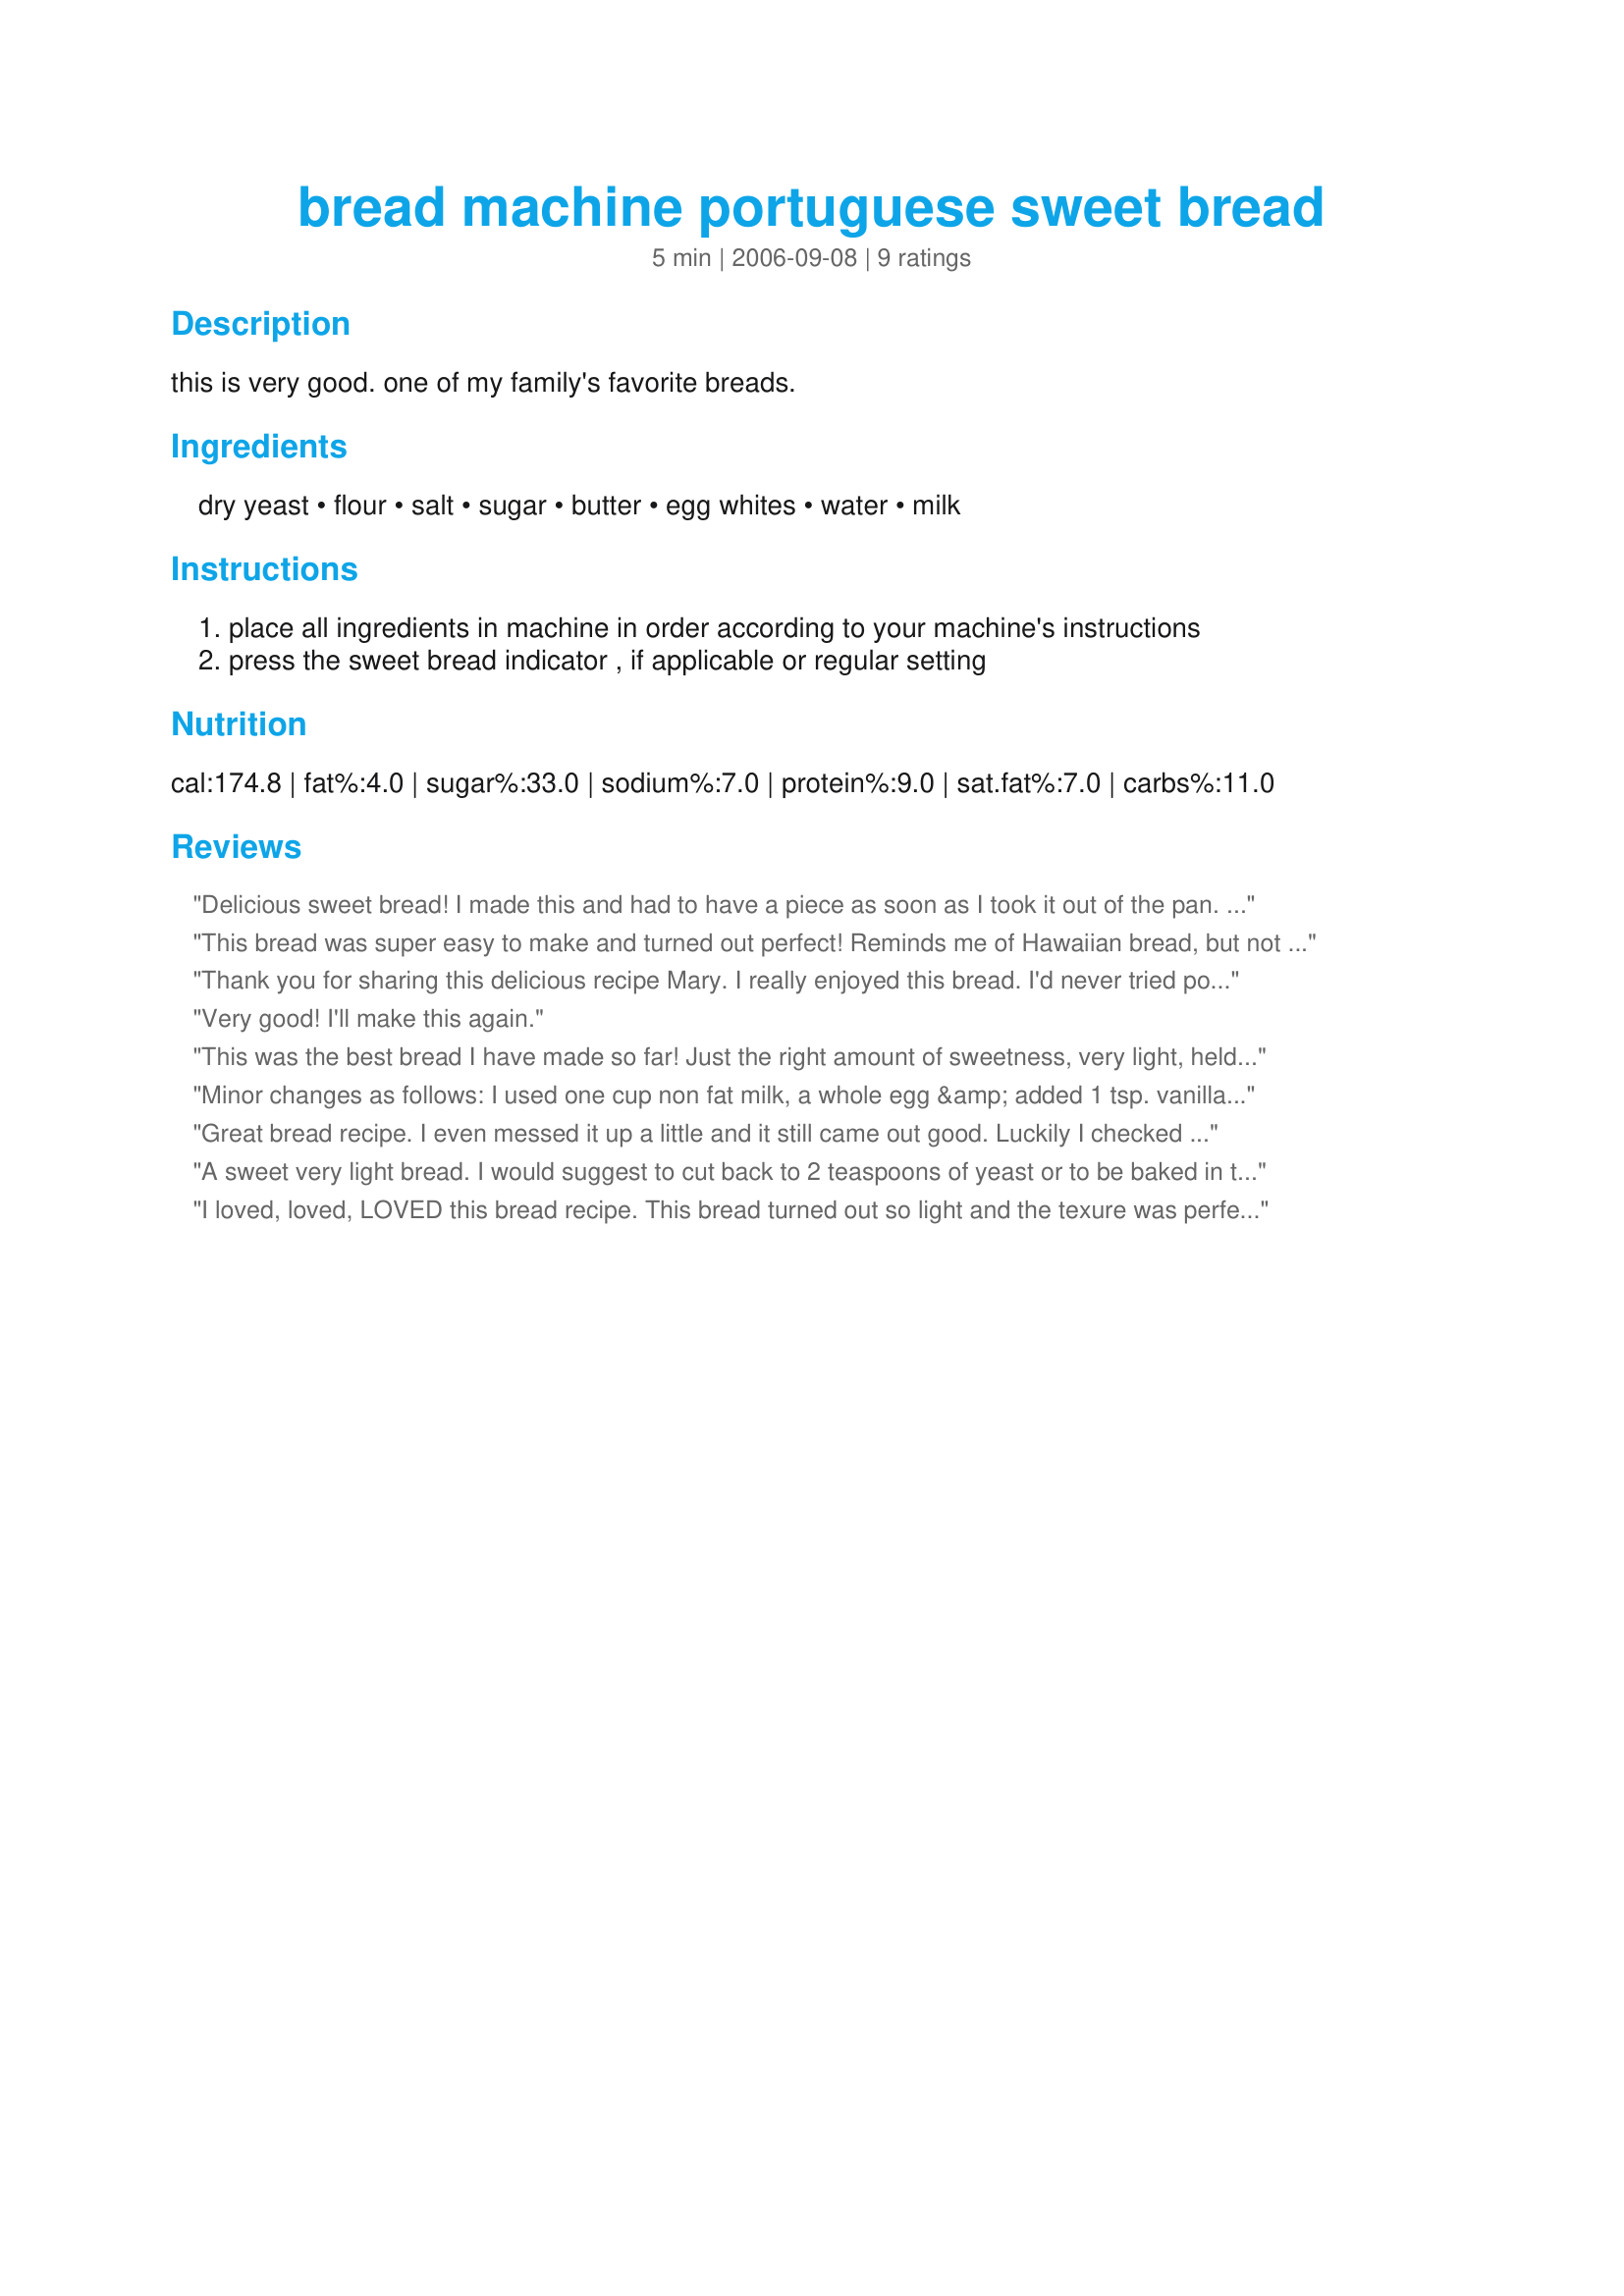
bread machine portuguese sweet bread
Preparation time: 5 minutes

this is very good. one of my family's favorite breads.

Ingredients:
dry yeast, flour, salt, sugar, butter, egg whites, water, milk

Steps:
place all ingredients in machine in order according to your machine's instructions
press the sweet bread indicator , if applicable or regular setting

Reviews:
Delicious sweet bread! I made this and had to have a piece as soon as I took it out of the pan. I used my KitchenAid as I don't have a breadmaker. Wonderful, Mary!! :D
This bread was super easy to make and turned out perfect! Reminds me of Hawaiian bread, but not quite as sweet. Will make again.
Thank you for sharing this delicious recipe Mary. I really enjoyed this bread. I'd never tried portuguese sweet bread before, am I ever glad that I did. This tasty sweet bread was quick and easy to make and the texture was absolutely wonderful, light and fluffy. I will be making this sweet bread often, it was perfect served with a sweet and spicy cabbage soup. I can't wait to make french toast in the morning.
Very good! I'll make this again.
This was the best bread I have made so far! Just the right amount of sweetness, very light, held up well to the knife, too. Had to add a little more water during the kneading cycle, but otherwise it was great. I will certainly do this one again. Thanks Mary W.
Minor changes as follows: I used one cup non fat milk, a whole egg &amp; added 1 tsp. vanilla. Made as dough only in the bread machine, then rolled into a rectangle, buttered, and spread with brown sugar accented cinnamon sugar. I then rolled it up, placed in a bread pan and baked at 350 degrees for about 35 minutes. Grandson said it was &quot;dangerously delicious!&quot;
Great bread recipe. I even messed it up a little and it still came out good. Luckily I checked to see how it was mixing up and it was so soupy. I realized I had only added 2 cups of flour. I had enough time to add the third cup. It didn't rise as much as usual, but I think that was my fault. The flavor is great, you know its a sweet bread without it being overly sweet. Wonderful with butter when its still warm! Thanks!
A sweet very light bread. I would suggest to cut back to 2 teaspoons of yeast or to be baked in the oven. My bread did rise so high that it did hit the top and stuck slightly. Thanks!
I loved, loved, LOVED this bread recipe. This bread turned out so light and the texure was perfect. The touch of sweetness was a wonderful addition to this bread. I made the bread in my bread machine using the dough cycle. Then I put it into a loaf pan, let it rise for 40 minutes and then baked it at 375 F for 30 minutes. I will be making this bread at least once a week from now on. thanks for sharing a GREAT recipe, Mary.
